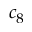
c _ { 8 }